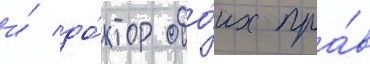
и́ до́ктор обо́их пра́в